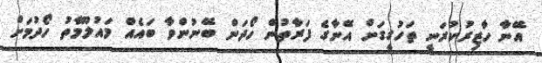
އޭނާ ހާޒިރުކުރަނީ ތަހުގީގަށް އޭނާގެ ފަރާތުން ހޯދަން ބޭނުންވާ ބައެއް މައުލޫމާތު ހޯދުމަށް